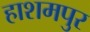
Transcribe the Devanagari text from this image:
हाशमपुर